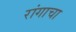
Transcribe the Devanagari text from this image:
रांगाचा